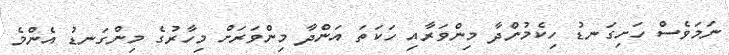
ނަމަވެސް ހަށިގަނޑު ހިކެމުންދާ މިންވަރާއި ހަކަތަ އަންދާ މިންވަރަށް މިހާރުގެ މިންގަނޑު އެންމެ